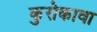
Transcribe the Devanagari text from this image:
कुरोकावा